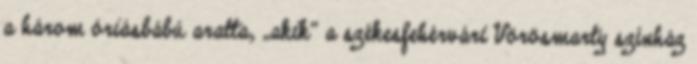
a három óriásbábú aratta, „akik” a székesfehérvári Vörösmarty színház